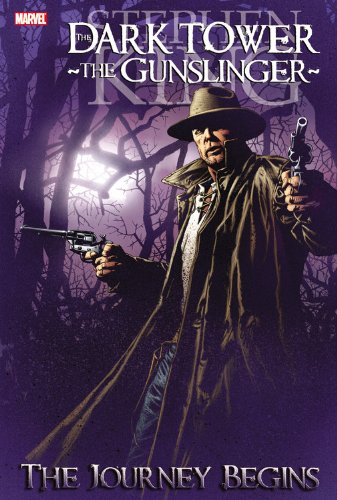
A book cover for Dark Tower: The Gunslinger, Vol. 1 - The Journey Begins; Stephen King; Comics & Graphic Novels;